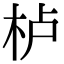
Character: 栌